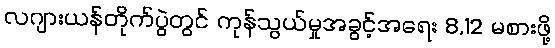
လဂျားယန်တိုက်ပွဲတွင် ကုန်သွယ်မှုအခွင့်အရေး 8,12 မစားဖို့